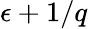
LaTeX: \epsilon+1/q